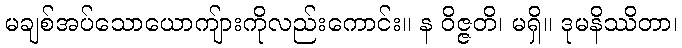
မချစ်အပ်သောယောကျ်ားကိုလည်းကောင်း။ န ဝိဇ္ဇတိ၊ မရှိ။ ဒုမနိဿိတာ၊